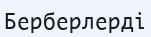
Берберлерді